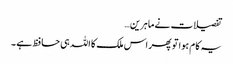
تفصیلات نے ماہرین…
یہ کام ہوا تو پھر اس ملک کا اللہ ہی حافظ ہے ۔